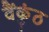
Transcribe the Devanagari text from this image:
वैंकुंठ